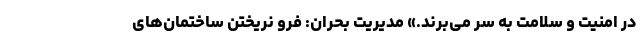
در امنیت و سلامت به سر می‌برند.» مدیریت بحران: فرو نریختن ساختمان‌های